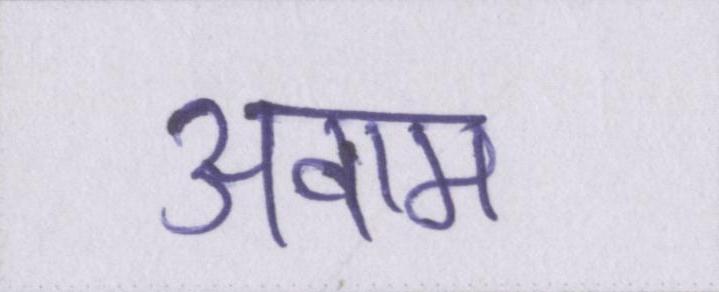
अवाम